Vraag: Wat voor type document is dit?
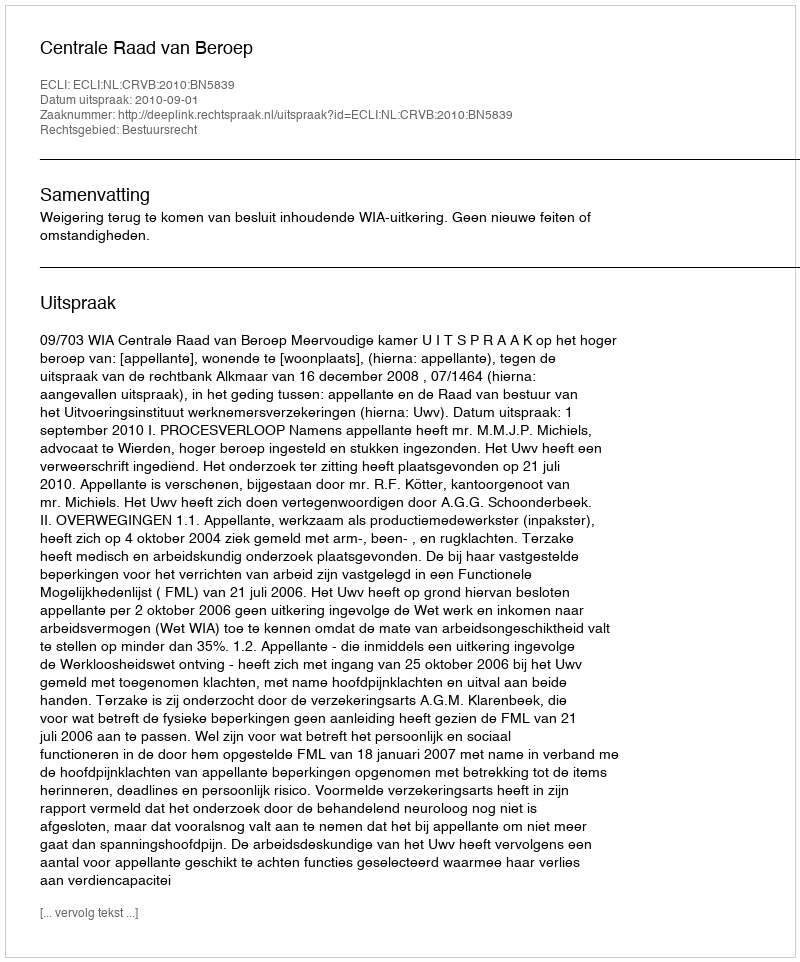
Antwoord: Uitspraak